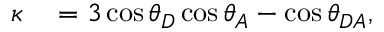
\begin{array} { r l } { \kappa } & { { } = 3 \cos { \theta _ { D } } \cos { \theta _ { A } } - \cos { \theta _ { D A } } , } \end{array}